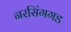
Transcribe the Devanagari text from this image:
नरसिंगगड